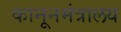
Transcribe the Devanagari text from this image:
कानूनमंत्रालय